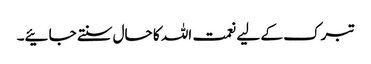
تبرک کے لیے نعمت اللہ کا حال سنتے جائیے۔